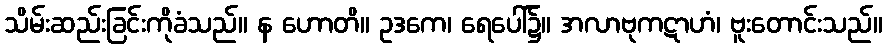
သိမ်းဆည်းခြင်းကိုခံသည်။ န ဟောတိ။ ဥဒကေ၊ ရေပေါ်၌။ အလာဗုကဋာဟံ၊ ဗူးတောင်းသည်။